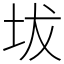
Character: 坺